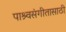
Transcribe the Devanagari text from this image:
पाश्र्वसंगीतासाठी